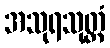
အသုရသုတ္တံ